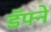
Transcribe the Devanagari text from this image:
डॅफ्ने